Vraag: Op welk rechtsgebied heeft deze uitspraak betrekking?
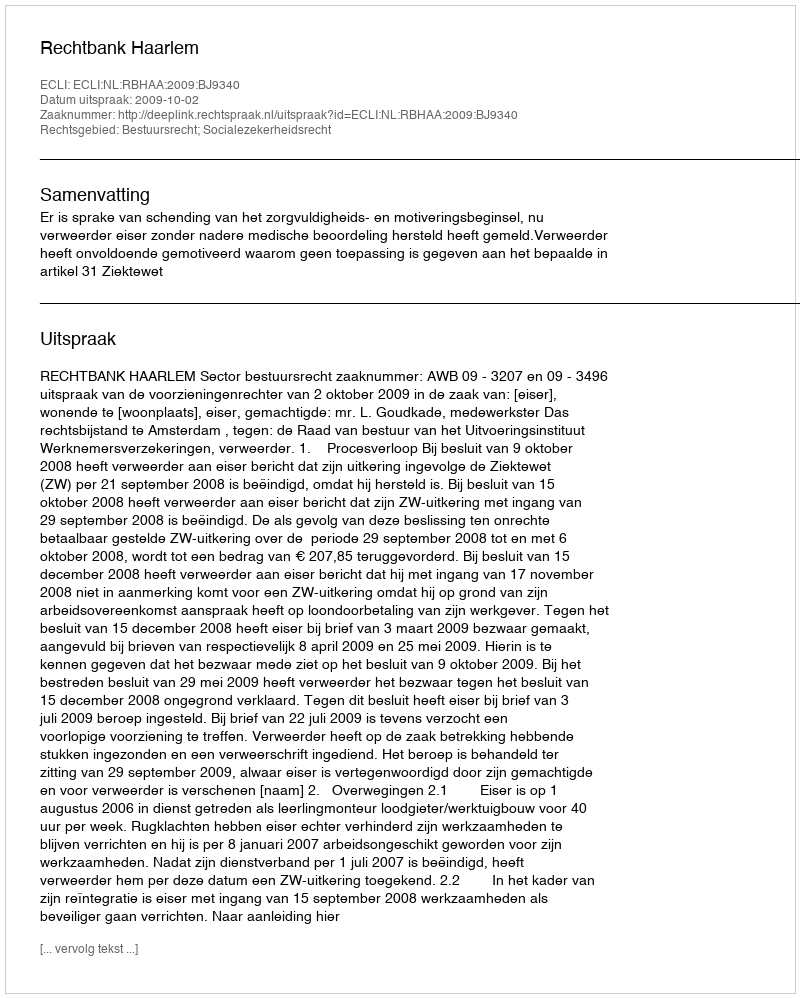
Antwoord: Bestuursrecht; Socialezekerheidsrecht